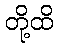
တို့ထိ